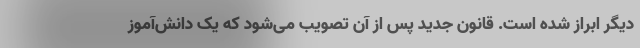
دیگر ابراز شده است. قانون جدید پس از آن تصویب می‌شود که یک دانش‌آموز